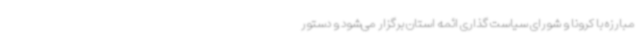
مبارزه با کرونا و شورای سیاست گذاری ائمه استان برگزار می‌شود و دستور